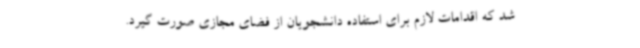
شد که اقدامات لازم برای استفاده دانشجویان از فضای مجازی صورت گیرد.